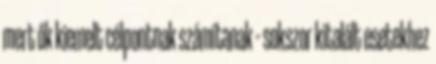
mert ők kiemelt célpontnak számítanak – sokszor kitalált esetekhez